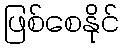
ဖြစ်စေနိုင်